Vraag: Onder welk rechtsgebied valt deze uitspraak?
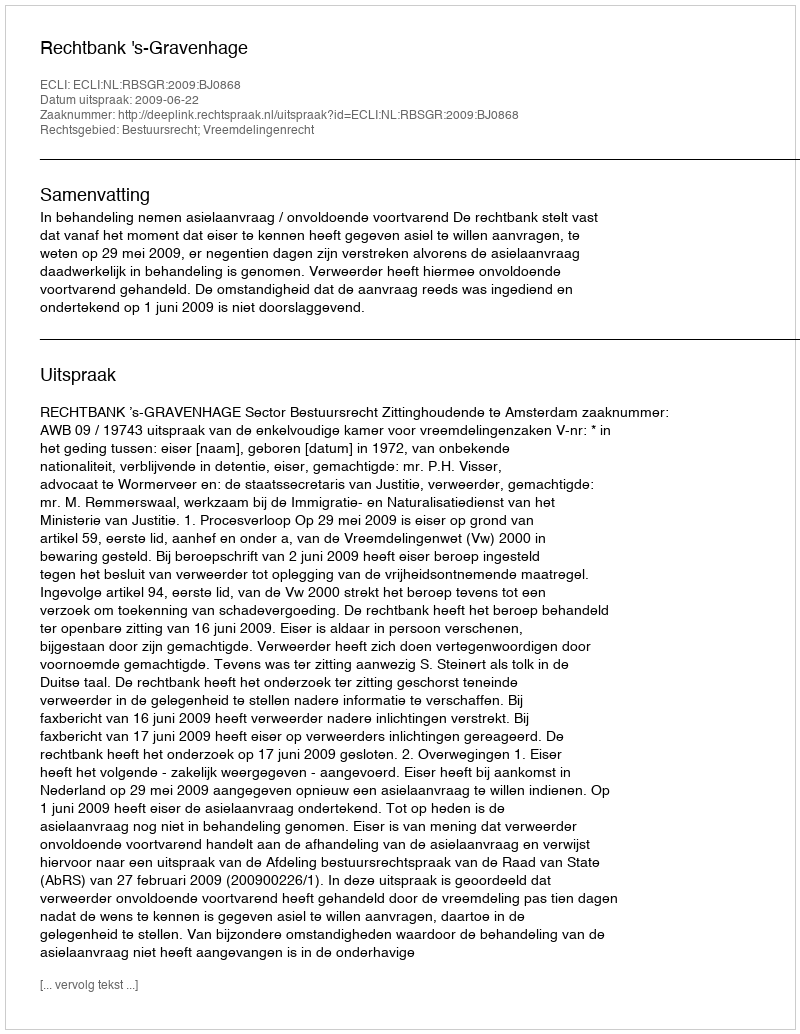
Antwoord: Bestuursrecht; Vreemdelingenrecht